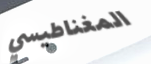
المغناطيسي